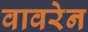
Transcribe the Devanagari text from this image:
वावरेन